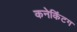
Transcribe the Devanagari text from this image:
कनेकिंटग